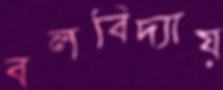
বলবিদ্যায়